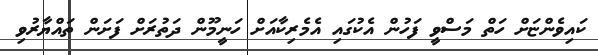
ކައިވެންޏަށް ހަތް މަސްވީ ފަހުން އެކުގައި އެމެރިކާއަށް ހަނީމޫން ދަތުރަށް ފަށަން ތައްޔާރުވި